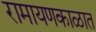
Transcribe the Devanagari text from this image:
रामायणकाळात